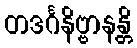
တဒင်္ဂနိဗ္ဗာနန္တိ